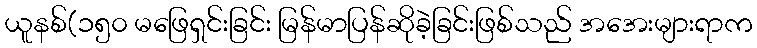
ယူနစ်(၁၅၀ မဖြေရှင်းခြင်း မြန်မာပြန်ဆိုခဲ့ခြင်းဖြစ်သည် အအေးများရာက